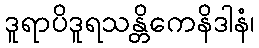
ဒူရာပိဒူရသန္တိကေနိဒါနံ၊